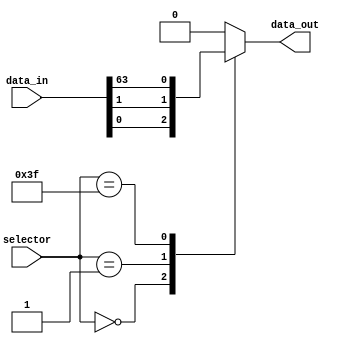
module multiplexer_64_1 (
    input [63:0] data_in,
    input [5:0] selector,
    output reg data_out
);

always @(*)
begin
    case (selector)
        6'd0: data_out = data_in[0];
        6'd1: data_out = data_in[1];
        // Add cases for the remaining input signals
        // up to 6'd63
        6'd63: data_out = data_in[63];
        default: data_out = 0; // default output if selector is out of range
    endcase
end

endmodule